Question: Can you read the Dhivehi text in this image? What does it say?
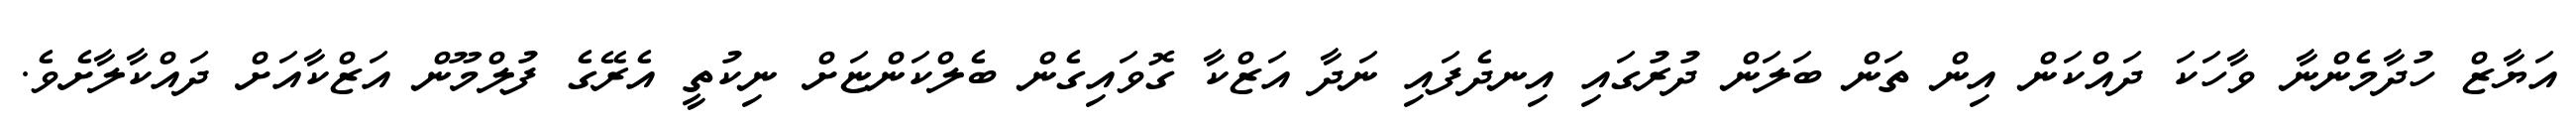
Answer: އަޔާޒް ހުދާމެންނާ ވާހަކަ ދައްކަން އިން ތަން ބަލަން ދުރުގައި އިނދެފައި ނަދާ އަޒްކާ ގޮވައިގެން ބެލްކަންޏަށް ނިކުތީ އެރޭގެ ފުލްމޫން އަޒްކާއަށް ދައްކާލާށެވެ.